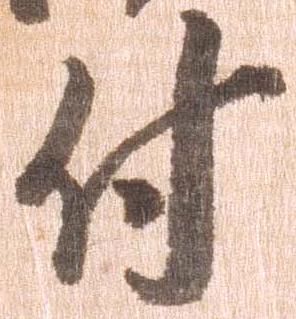
付